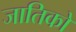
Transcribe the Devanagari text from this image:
जातिको